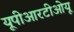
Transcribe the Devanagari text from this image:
यूपीआरटीओयू